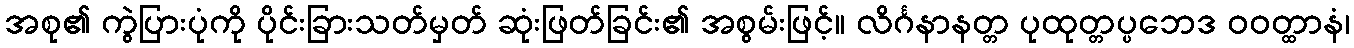
အစု၏ ကွဲပြားပုံကို ပိုင်းခြားသတ်မှတ် ဆုံးဖြတ်ခြင်း၏ အစွမ်းဖြင့်။ လိင်္ဂနာနတ္တ ပုထုတ္တပ္ပဘေဒ ဝဝတ္ထာနံ၊